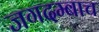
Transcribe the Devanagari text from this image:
जगदम्बाच